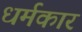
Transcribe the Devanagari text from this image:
धर्मकार